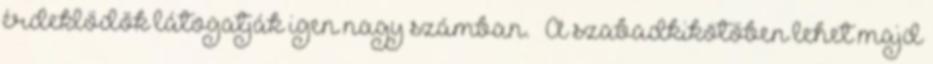
érdeklődők látogatják igen nagy számban.” „A szabadkikötőben lehet majd